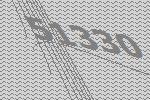
51330